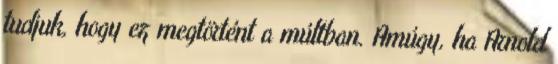
tudjuk, hogy ez megtörtént a múltban. Amúgy, ha Arnold